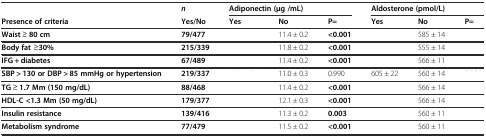
<table><thead><tr><td>[EMPTY_CELL]</td><td><b><i>n</i></b></td><td colspan="3"><b>Adiponectin (μg /mL)</b></td><td colspan="3"><b>Aldosterone (pmol/L)</b></td></tr><tr><td><b>Presence of criteria</b></td><td><b>Yes/No</b></td><td><b>Yes</b></td><td><b>No</b></td><td><b>P=</b></td><td><b>Yes</b></td><td><b>No</b></td><td><b>P=</b></td></tr></thead><tbody><tr><td><b>Waist</b> ≥ <b>80 cm</b></td><td><b>79/477</b></td><td>[EMPTY_CELL]</td><td>11.4 ± 0.2</td><td><b>&lt;0.001</b></td><td>[EMPTY_CELL]</td><td>585 ± 14</td><td>[EMPTY_CELL]</td></tr><tr><td><b>Body fat</b> ≥<b>30%</b></td><td><b>215/339</b></td><td>[EMPTY_CELL]</td><td>11.8 ± 0.2</td><td><b>&lt;0.001</b></td><td>[EMPTY_CELL]</td><td>555 ± 14</td><td>[EMPTY_CELL]</td></tr><tr><td><b>IFG + diabetes</b></td><td><b>67/489</b></td><td>[EMPTY_CELL]</td><td>11.4 ± 0.2</td><td><b>&lt;0.001</b></td><td>[EMPTY_CELL]</td><td>566 ± 11</td><td>[EMPTY_CELL]</td></tr><tr><td><b>SBP &gt; 130 or DBP &gt; 85 mmHg or hypertension</b></td><td><b>219/337</b></td><td>[EMPTY_CELL]</td><td>11.0 ± 0.3</td><td>0.990</td><td>605 ± 22</td><td>560 ± 14</td><td>[EMPTY_CELL]</td></tr><tr><td><b>TG</b> ≥ <b>1.7 Mm (150 mg/dL)</b></td><td><b>88/468</b></td><td>[EMPTY_CELL]</td><td>11.4 ± 0.2</td><td><b>&lt;0.001</b></td><td>[EMPTY_CELL]</td><td>566 ± 14</td><td>[EMPTY_CELL]</td></tr><tr><td><b>HDL-C &lt;1.3 Mm (50 mg/dL)</b></td><td><b>179/377</b></td><td>[EMPTY_CELL]</td><td>12.1 ± 0.3</td><td><b>&lt;0.001</b></td><td>[EMPTY_CELL]</td><td>566 ± 14</td><td>[EMPTY_CELL]</td></tr><tr><td><b>Insulin resistance</b></td><td><b>139/416</b></td><td>[EMPTY_CELL]</td><td>11.3 ± 0.2</td><td><b>0.003</b></td><td>[EMPTY_CELL]</td><td>560 ± 11</td><td>[EMPTY_CELL]</td></tr><tr><td><b>Metabolism syndrome</b></td><td><b>77/479</b></td><td>[EMPTY_CELL]</td><td>11.5 ± 0.2</td><td><b>&lt;0.001</b></td><td>[EMPTY_CELL]</td><td>560 ± 11</td><td>[EMPTY_CELL]</td></tr></tbody></table>